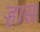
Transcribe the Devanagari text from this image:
ऱ्हास